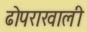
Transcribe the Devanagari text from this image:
ढोपराखाली